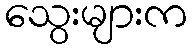
သွေးများက